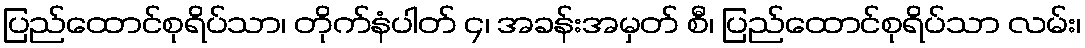
ပြည်ထောင်စုရိပ်သာ၊ တိုက်နံပါတ် ၄၊ အခန်းအမှတ် စီ၊ ပြည်ထောင်စုရိပ်သာ လမ်း၊